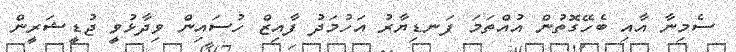
ސެމިނާ އާއި ބެހޭގޮތުން އުއްތަމަ ފަނޑިޔާރު އަހުމަދު ފާއިޒް ހުސައިން ވިދާޅުވީ ޖުޑީޝަރީން